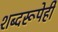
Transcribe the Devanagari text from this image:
शब्दरूपेही